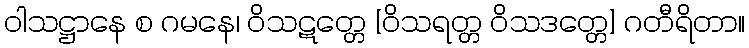
ဝါသဋ္ဌာနေ စ ဂမနေ၊ ဝိသဋတ္တေ [ဝိသရတ္တ ဝိသဒတ္တေ] ဂတီရိတာ။